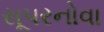
સૂપરનોવા